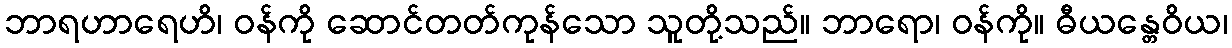
ဘာရဟာရေဟိ၊ ဝန်ကို ဆောင်တတ်ကုန်သော သူတို့သည်။ ဘာရော၊ ဝန်ကို။ ဓီယန္တေဝိယ၊